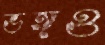
ভঙ্গও